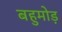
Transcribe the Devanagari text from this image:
बहुमोड़